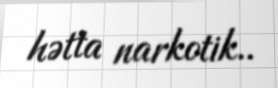
hətta narkotik..